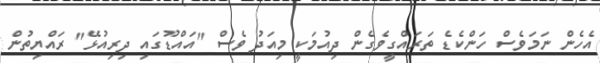
އެހެން ނަމަވެސް ހަންކެޑެ ތަރައްގީވެގެން ދިއުމަކީ މިއަދު ވެސް "އައްޑޫގައި ދިރިއުޅޭ" ރައްޔިތުން